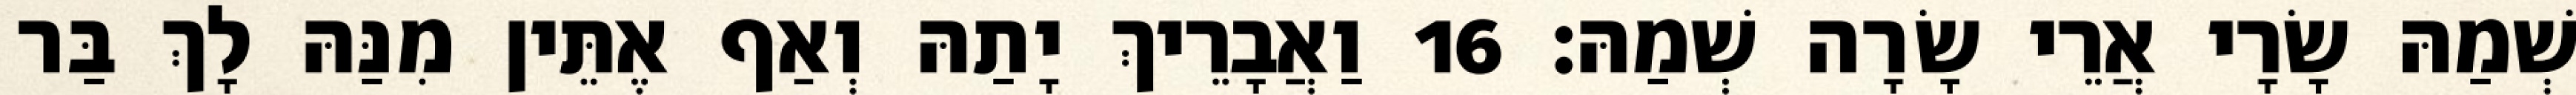
שְׁמַהּ שָׂרָי אֲרֵי שָׂרָה שְׁמַהּ׃ 16 וַאֲבָרֵיךְ יָתַהּ וְאַף אֶתֵּין מִנַּהּ לָךְ בַּר